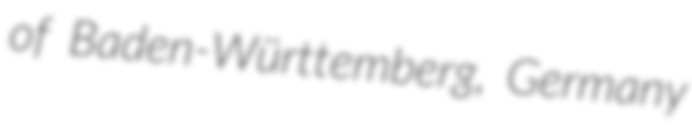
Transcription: of Baden-Württemberg, Germany